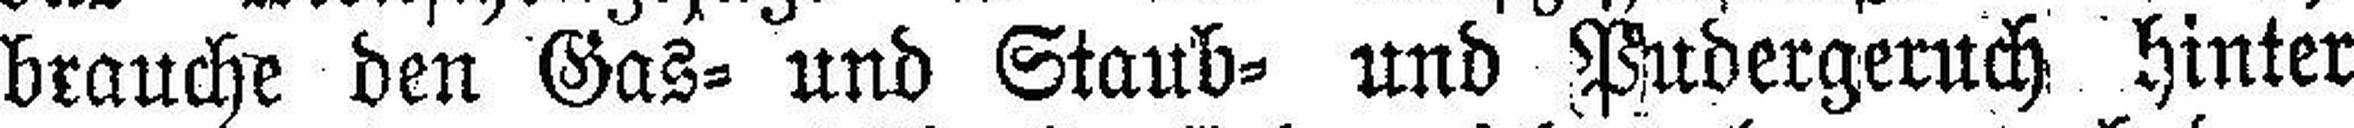
brauche den Gas= und Staub= und Pudergeruch hinter